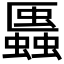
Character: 𧓨